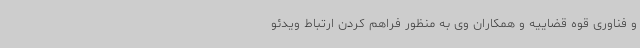
و فناوری قوه قضاییه و همکاران وی به منظور فراهم کردن ارتباط ویدئو